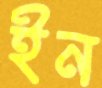
ইন